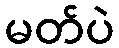
မတ်ပဲ